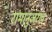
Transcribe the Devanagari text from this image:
रामानुजराव